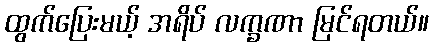
ထွက်ပြေးမယ့် အရိပ် လက္ခဏာ မြင်ရတယ်။